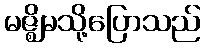
မဇ္ဈိမသို့ပြောသည်